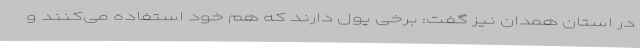
در استان همدان نیز گفت: برخی پول دارند که هم خود استفاده می‌کنند و